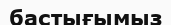
бастығымыз